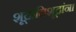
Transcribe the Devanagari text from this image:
शूद्रातिशूद्रांना